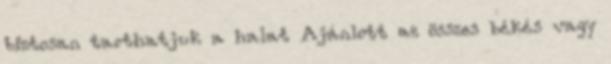
biztosan tarthatjuk a halat Ajánlott az összes békés vagy